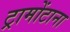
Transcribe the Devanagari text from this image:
ट्रामोंटाना